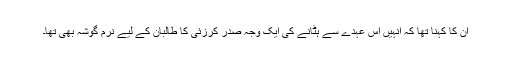
ان کا کہنا تھا کہ انہیں اس عہدے سے ہٹانے کی ایک وجہ صدر کرزئی کا طالبان کے لیے نرم گوشہ بھی تھا۔